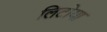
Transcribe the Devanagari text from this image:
लिटोया